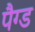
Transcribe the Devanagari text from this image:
पैग्ड